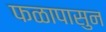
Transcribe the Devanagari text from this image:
फळापासुन